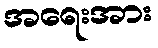
အရေးအား